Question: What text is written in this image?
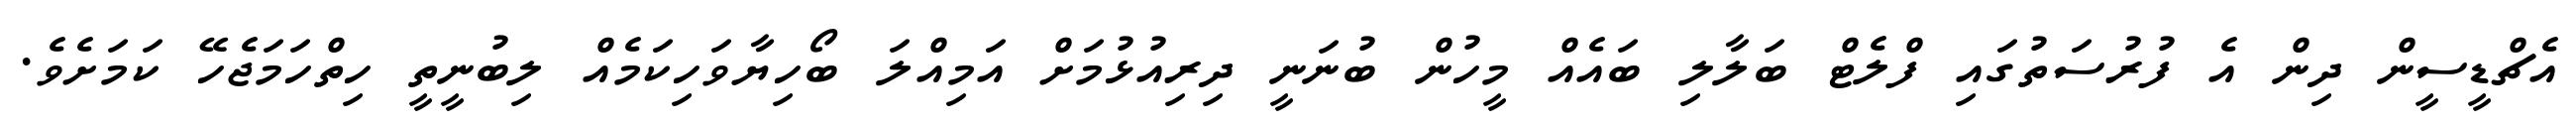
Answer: އެޗްޑީސީން ދިން އެ ފުރުސަތުގައި ފްލެޓް ބަލާލި ބައެއް މީހުން ބުނަނީ ދިރިއުޅުމަށް އަމިއްލަ ބޯހިޔާވަހިކަމެއް ލިބުނީތީ ހިތްހަމަޖެހޭ ކަމަށެވެ.